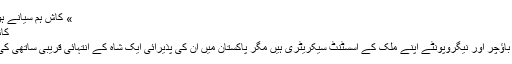
» کاش ہم سیانے ہوتے میرا پاکستان:
کاش ہم سیانے ہوتے
امریکہ کے رچرڈ باؤچر اور نیگروپونٹے اپنے ملک کے اسسٹنٹ سیکریٹری ہیں مگر پاکستان میں ان کی پذيرائی ایک شاہ کے انتہائی قریبی ساتھی کی طرح ہورہی ہے۔